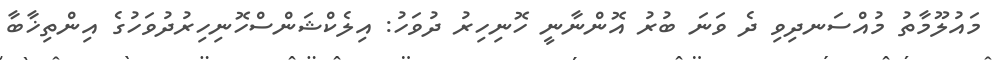
މައުލޫމާތު މުއްސަނދިވި ދެ ވަނަ ބުރު އޮންނާނީ ހޮނިހިރު ދުވަހު: އިލެކްޝަންސްހޮނިހިރުދުވަހުގެ އިންތިޚާބާ